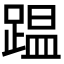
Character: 𮛴